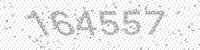
Solution: 164557